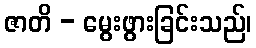
ဇာတိ - မွေးဖွားခြင်းသည်၊